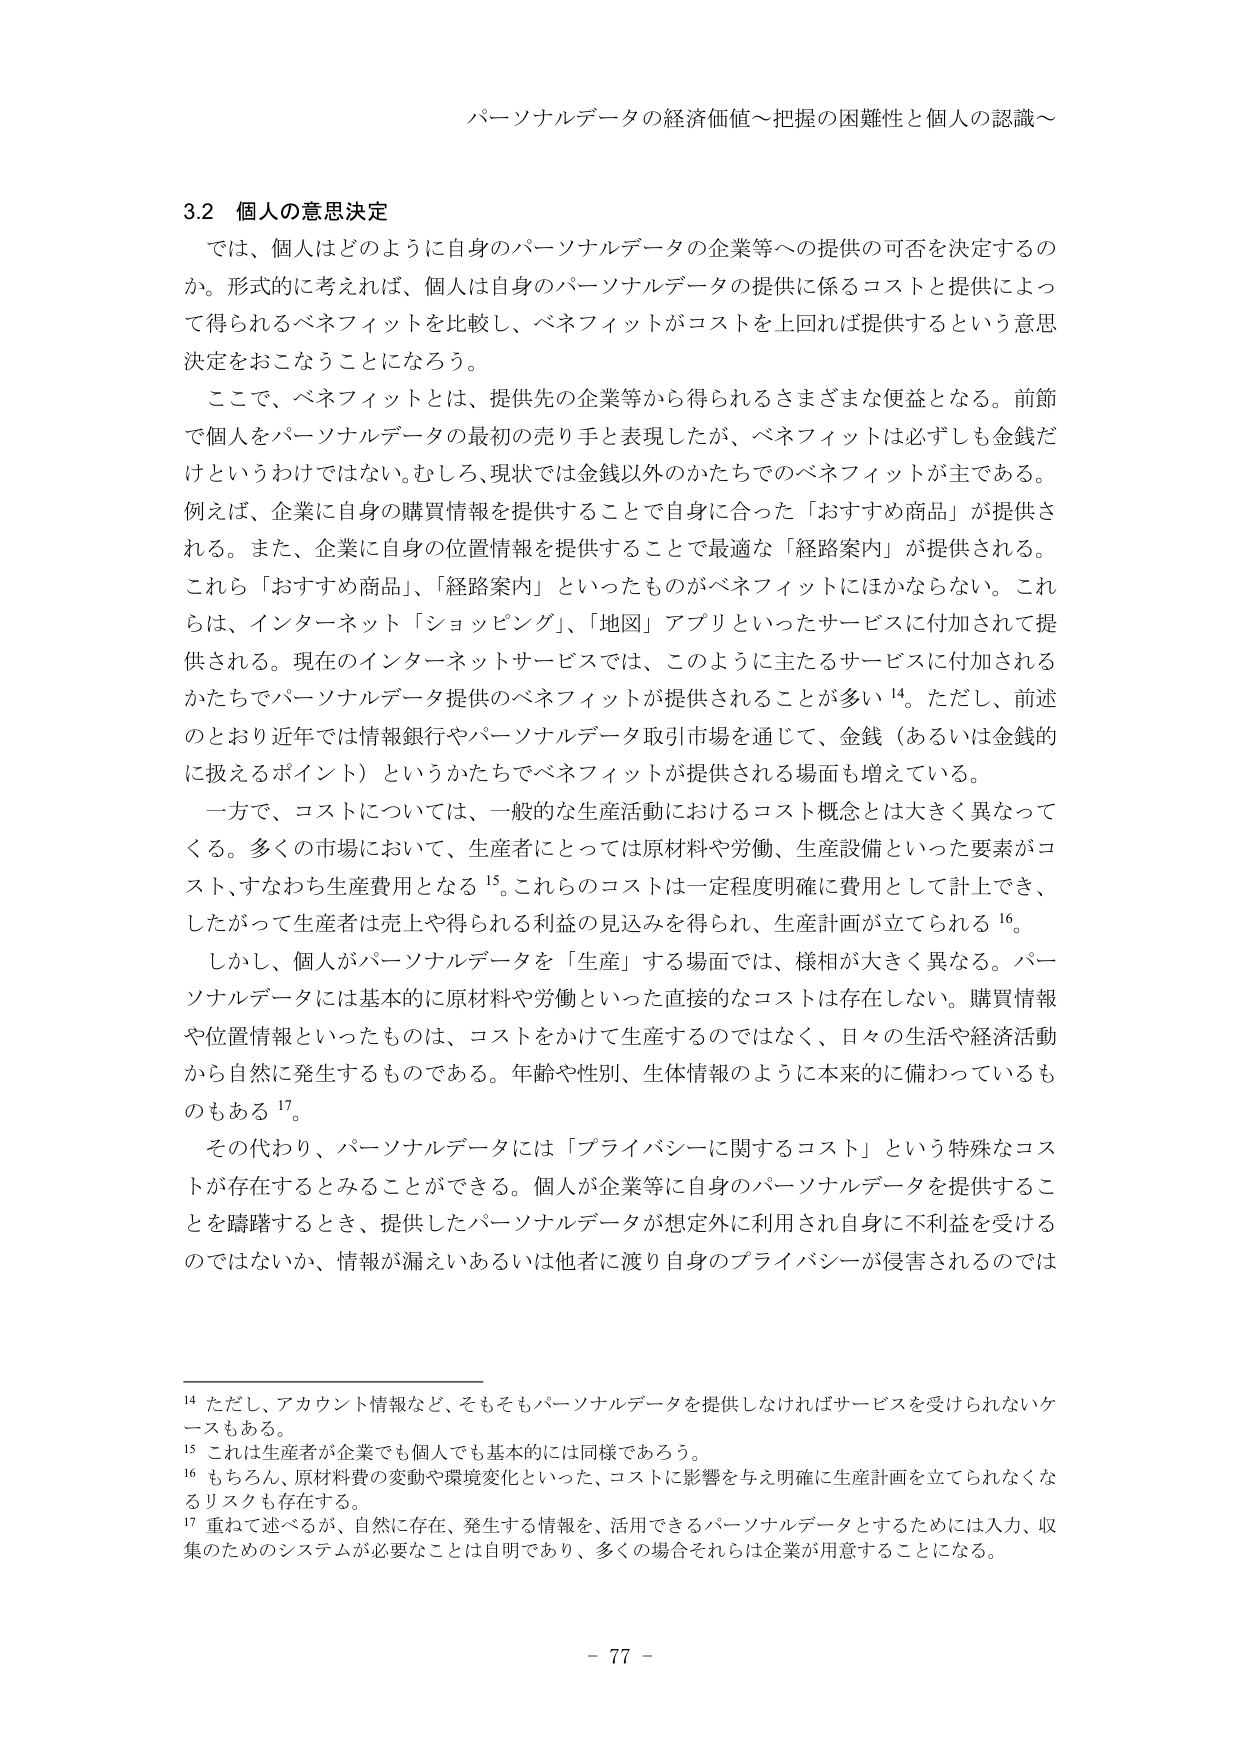
パーソナルデータの経済価値～把握の困難性と個人の認識～

3.2 個人の意思決定

では、個人はどのように自身のパーソナルデータの企業等への提供の可否を決定するのか。形式的に考えれば、個人は自身のパーソナルデータの提供に係るコストと提供によって得られるベネフィットを比較し、ベネフィットがコストを上回れば提供するという意思決定をおこなうことになろう。

ここで、ベネフィットとは、提供先の企業等から得られるさまざまな便益となる。前節で個人をパーソナルデータの最初の売り手と表現したが、ベネフィットは必ずしも金銭だけというわけではない。むしろ、現状では金銭以外のかたちでのベネフィットが主である。例えば、企業に自身の購買情報を提供することで自身に合った「おすすめ商品」が提供される。また、企業に自身の位置情報を提供することで最適な「経路案内」が提供される。これら「おすすめ商品」、「経路案内」といったものがベネフィットにほかならない。これらは、インターネット「ショッピング」、「地図」アプリといったサービスに付加されて提供される。現在のインターネットサービスでは、このように主たるサービスに付加されるかたちでパーソナルデータ提供のベネフィットが提供されることが多い¹⁴。ただし、前述のとおり近年では情報銀行やパーソナルデータ取引市場を通じて、金銭（あるいは金銭的に扱えるポイント）というかたちでベネフィットが提供される場面も増えている。

一方で、コストについては、一般的な生産活動におけるコスト概念とは大きく異なってくる。多くの市場において、生産者にとっては原材料や労働、生産設備といった要素がコスト、すなわち生産費用となる¹⁵。これらのコストは一定程度明確に費用として計上でき、したがって生産者は売上や得られる利益の見込みを得られ、生産計画が立てられる¹⁶。

しかし、個人がパーソナルデータを「生産」する場面では、様相が大きく異なる。パーソナルデータには基本的に原材料や労働といった直接的なコストは存在しない。購買情報や位置情報といったものは、コストをかけて生産するのではなく、日々の生活や経済活動から自然に発生するものである。年齢や性別、生体情報のように本来的に備わっているものもある¹⁷。

その代わり、パーソナルデータには「プライバシーに関するコスト」という特殊なコストが存在するとみることができる。個人が企業等に自身のパーソナルデータを提供することを躊躇するとき、提供したパーソナルデータが想定外に利用され自身に不利益を受けるのではないか、情報が漏えいあるいは他者に渡り自身のプライバシーが侵害されるのでは

¹⁴ ただし、アカウント情報など、そもそもパーソナルデータを提供しなければサービスを受けられないケースもある。

¹⁵ これは生産者が企業でも個人でも基本的には同様であろう。

¹⁶ もちろん、原材料費の変動や環境変化といった、コストに影響を与える明確に生産計画を立てられなくなるリスクも存在する。

¹⁷ 重ねて述べるが、自然に存在、発生する情報を、活用できるパーソナルデータとするためには入力、収集のためのシステムが必要なことは自明であり、多くの場合それらは企業が用意することになる。

- 77 -